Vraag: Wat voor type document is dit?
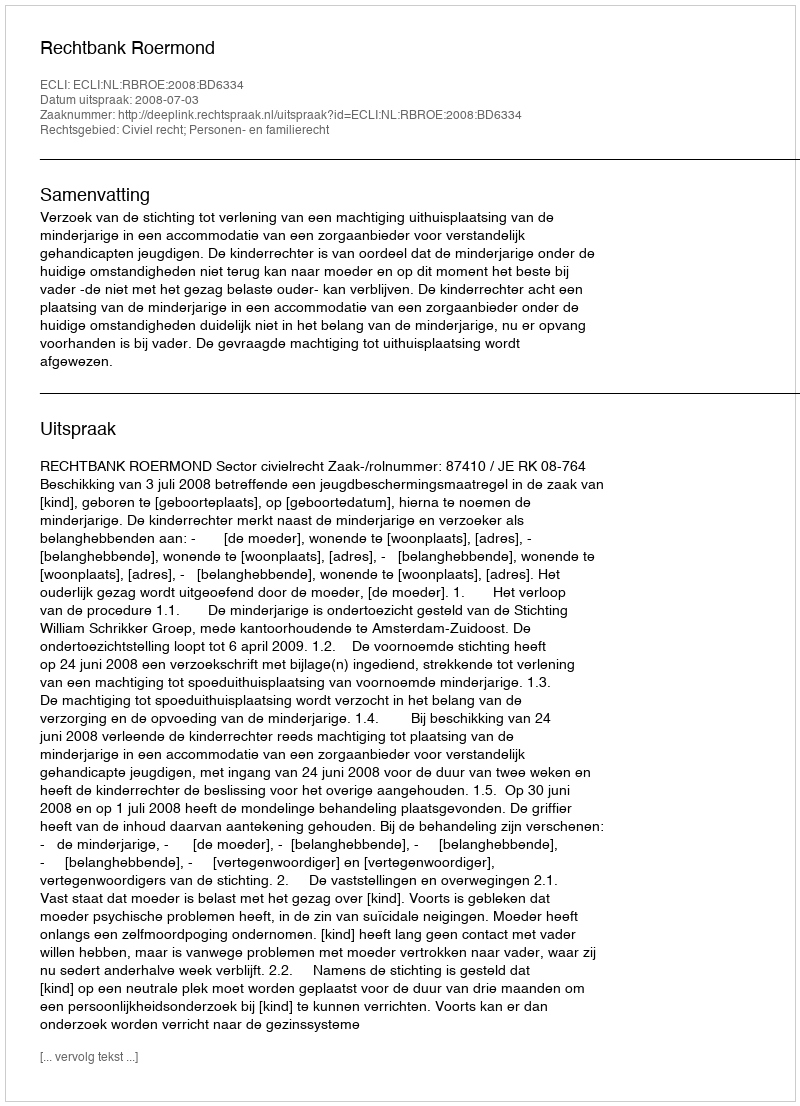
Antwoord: Uitspraak